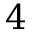
4